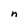
Character: n